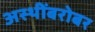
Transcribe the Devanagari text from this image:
अस्थींबरोबर